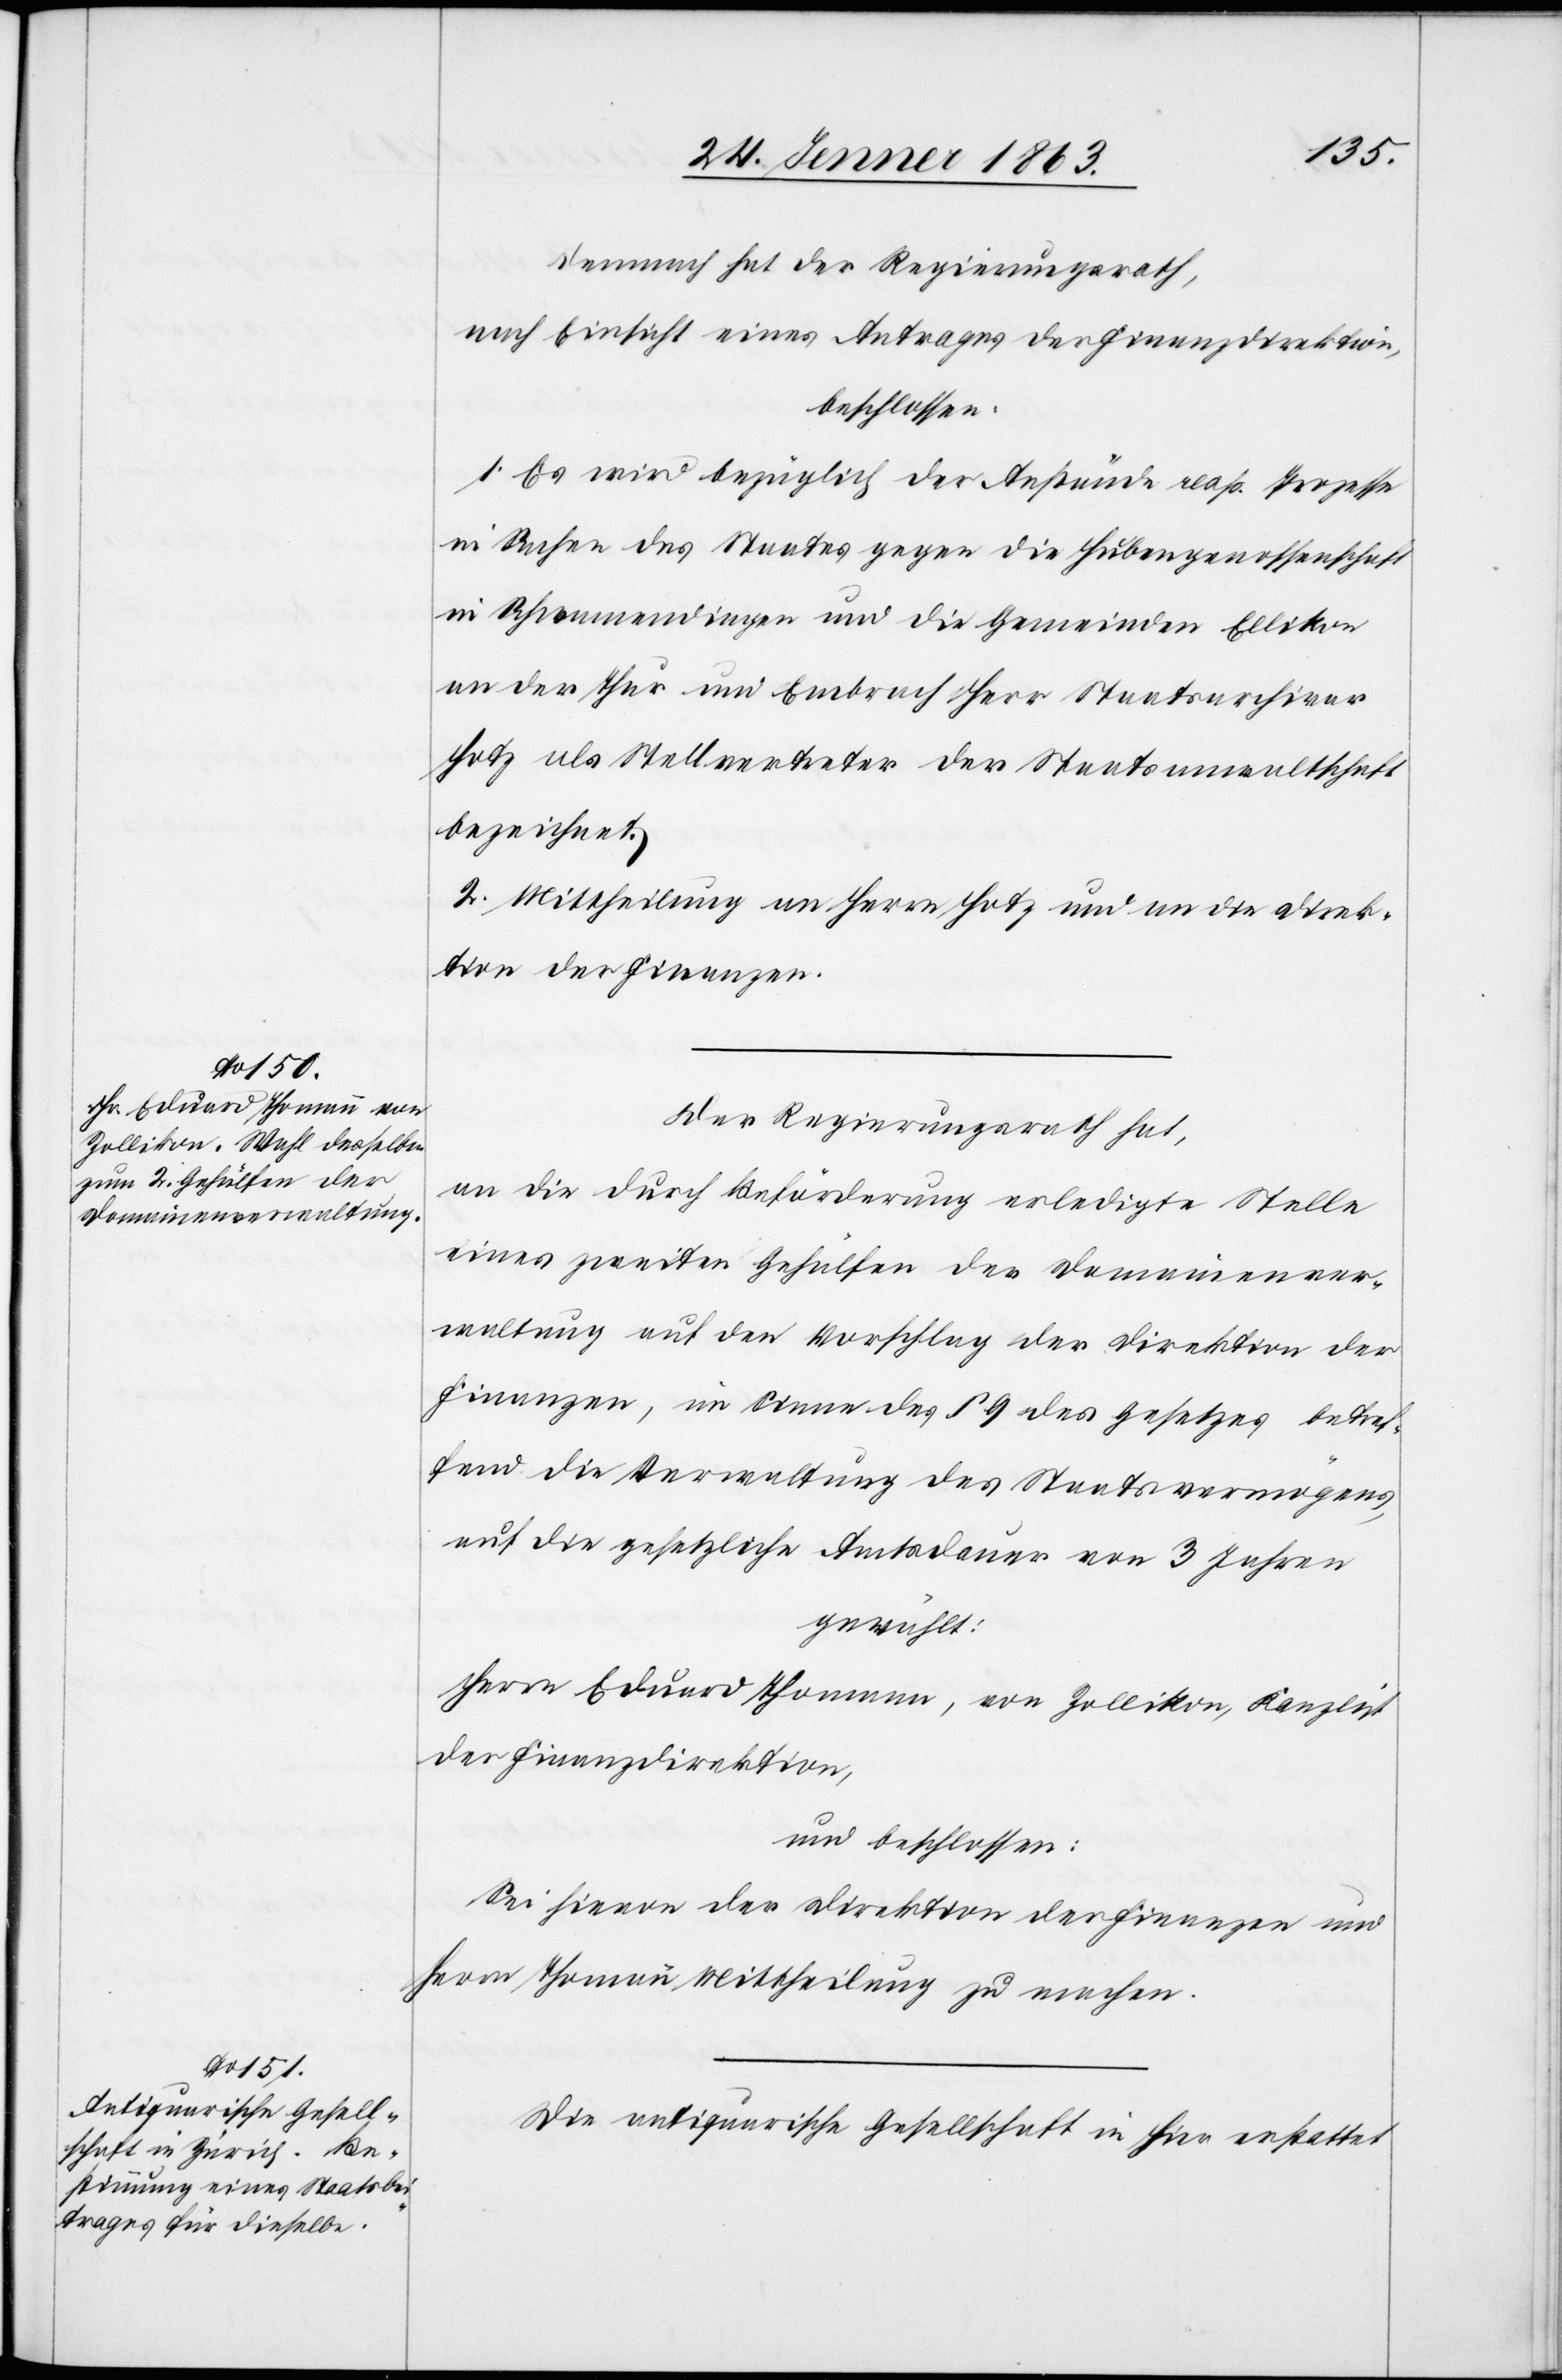
Demnach hat der Regierungsrath,
nach Einsicht eines Antrages der Finanzdirektion
beschlossen:
1. Es wird bezüglich der Anstände resp. Prozesse
in Sachen des Staates gegen die Hubengenossenschaft
in Schwamendingen und die Gemeinden Ellikon
an der Thur und Embrach Herr Staatsarchivar
Hotz als Stellvertreter der Staatsanwaltschaft
bezeichnet.
2. Mittheilung an Herrn Hotz und an die Direk¬
tion der Finanzen.
Der Regierungsrath hat,
an die durch Beförderung erledigte Stelle
eines zweiten Gehülfen der Domainenver¬
waltung auf den Vorschlag der Direktion der
Finanzen, im Sinne des § 9 des Gesetzes betref¬
fend die Verwaltung des Staatsvermögens,
auf die gesetzliche Amtsdauer von 3 Jahren
gewählt:
Herrn Eduard Thomann, von Zollikon, Kanzlist
der Finanzdirektion,
und beschlossen:
Sei hievon der Direktion der Finanzen und
Herrn Thomann Mittheilung zu machen.
Die antiquarische Gesellschaft in hier erstattet